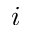
i